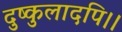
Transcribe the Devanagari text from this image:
दुष्कुलादपि।।